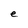
Character: e